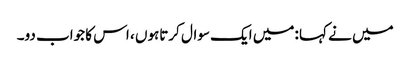
میں نے کہا :میں ایک سوال کرتاہوں ، اس کا جواب دو۔